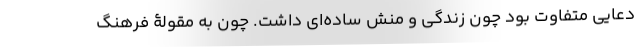
دعایی متفاوت بود چون زندگی و منش ساده‌ای داشت. چون به مقولۀ فرهنگ